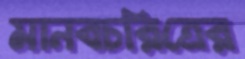
মানবচরিত্রের